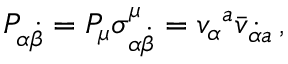
P _ { \alpha \dot { \beta } } = P _ { \mu } \sigma _ { \alpha \dot { \beta } } ^ { \mu } = v _ { \alpha } { } ^ { a } \bar { v } _ { \dot { \alpha } { } a } \, ,